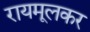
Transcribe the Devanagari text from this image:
रायमूलकर